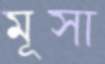
মূসা